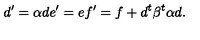
d ^ { \prime } = \alpha d e ^ { \prime } = e f ^ { \prime } = f + d ^ { t } \beta ^ { t } \alpha d .